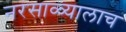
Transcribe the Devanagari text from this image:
नरसाळ्यालाच